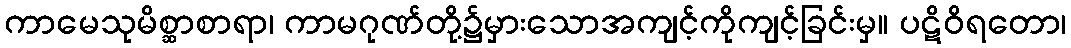
ကာမေသုမိစ္ဆာစာရာ၊ ကာမဂုဏ်တို့၌မှားသောအကျင့်ကိုကျင့်ခြင်းမှ။ ပဋိဝိရတော၊